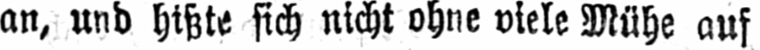
an, und hißte sich nicht ohne viele Mühe auf